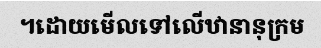
។ដោយមើលទៅលើឋានានុក្រម